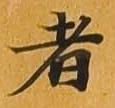
者